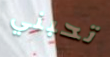
تحبني